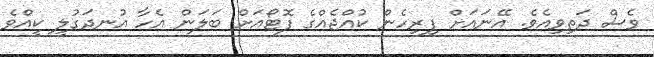
ވެސް ދަތިވިއެވެ. އޭނައަށް ފިރިހެން ކުއްޖެއްގެ ފޮޓޯއަށް ބަލަން އެހާ އުނދަގުލީ ކީއްވެ